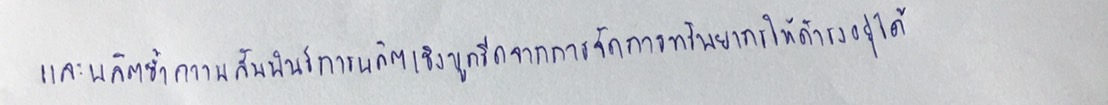
และผลิตซ้ำความสัมพันธ์การผลิตเชิงขูดรีดจากการจัดการทรัพยากรให้ดำรงอยู่ได้